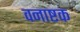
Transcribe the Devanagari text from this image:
वनाष्टक